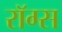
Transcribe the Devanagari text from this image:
रॉग्स